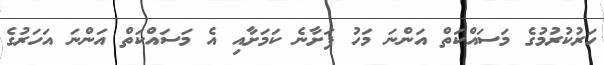
ހަރުކުރުމުގެ މަސައްކަތް އަންނަ މަހު ފަށާނެ ކަމަށާއި އެ މަސައްކަތް އަންނަ އަހަރުގެ